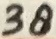
Text: 38